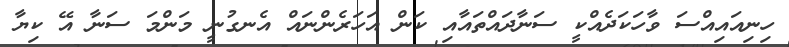
ހިނިއައިއްސަ ވާހަކަދެއްކީ ސަނާދައްތައާއި ކަން އަހަރެންނައް އެނގުނީ މަންމަ ސަނާ އޭ ކިޔާ